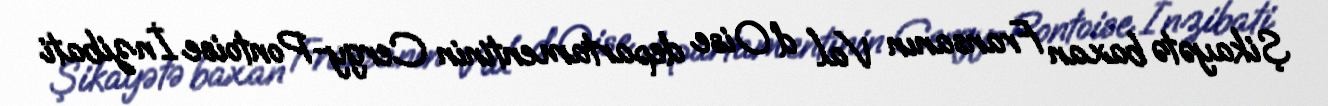
Şikayətə baxan Fransanın Val d’Oise departamentinin Cergy-Pontoise İnzibati